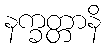
နက္ခတ္တာနိ